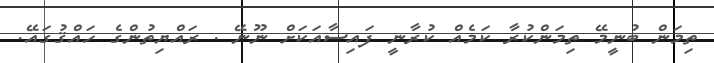
ތިމަން ބުނީމޭ ތިމަންކުރާ ކަމެއް ކުރާނީ ފައިސާއަކަށް ނޫނޭ . ރައްޔިތުންގެ ހައްޤުގައޭ.